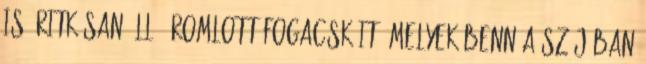
is, ritkásan álló, romlott fogacskáit, melyek benn a szájában